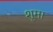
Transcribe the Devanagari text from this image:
शूमा